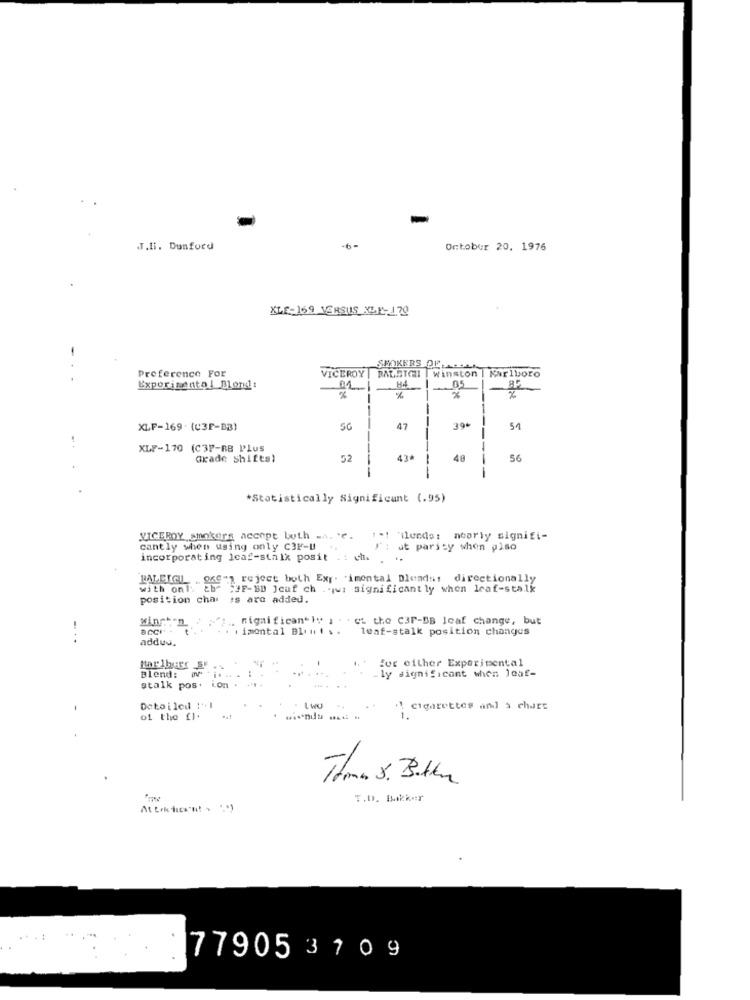
-
T.H. Dunford
·6-
Ontobur 20, 1976
XLE-169 VERSUS XLr-1.70
-
VICEROY
SPOKERS DE,4541
RALSTONI
Winston
Marlboro
Preference For
H4
Experimental Blond:
05
82
--
--
30%
XLF-169 . (03F-B3)
47
51
XLF-170 (C3P-RB Plus
Grade Shifts)
52
43
--
48
56
*Statistically Significant (.95)
VICEROY smokers accept buth ... ".
1=1 'ilende; nearly signifi-
cantly when using only C3P-U
" : ut parscy when piso
incorporating leaf-stalk posit
. ..
RALEIGH OKS") reject both Exp. "imental Dlendst directionally
with on1.
2h ;JF-BB Jcaf ch .qui significant ly when leaf-stalk
position cha
is are added.
winston
;.. significantly i . eL the C3P-BB leaf change, but
imontal Blunt s.
leaf-stalk position changes
adduu.
for either Experimental
ly significant when Jeaf-
Blend: wv i ..
stalk pos. ion
Detailed !'+1
. Lwo
cigarettes and a chart
of the [).
Thomas 5. Buthe
T.D. Bakker
77905 370 9